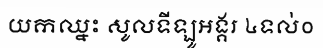
យកឈ្នះ សូលទីឡូអង្គរ ៤ទល់០